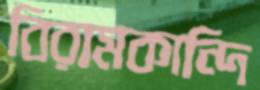
বিরামকান্দি